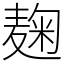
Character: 麹